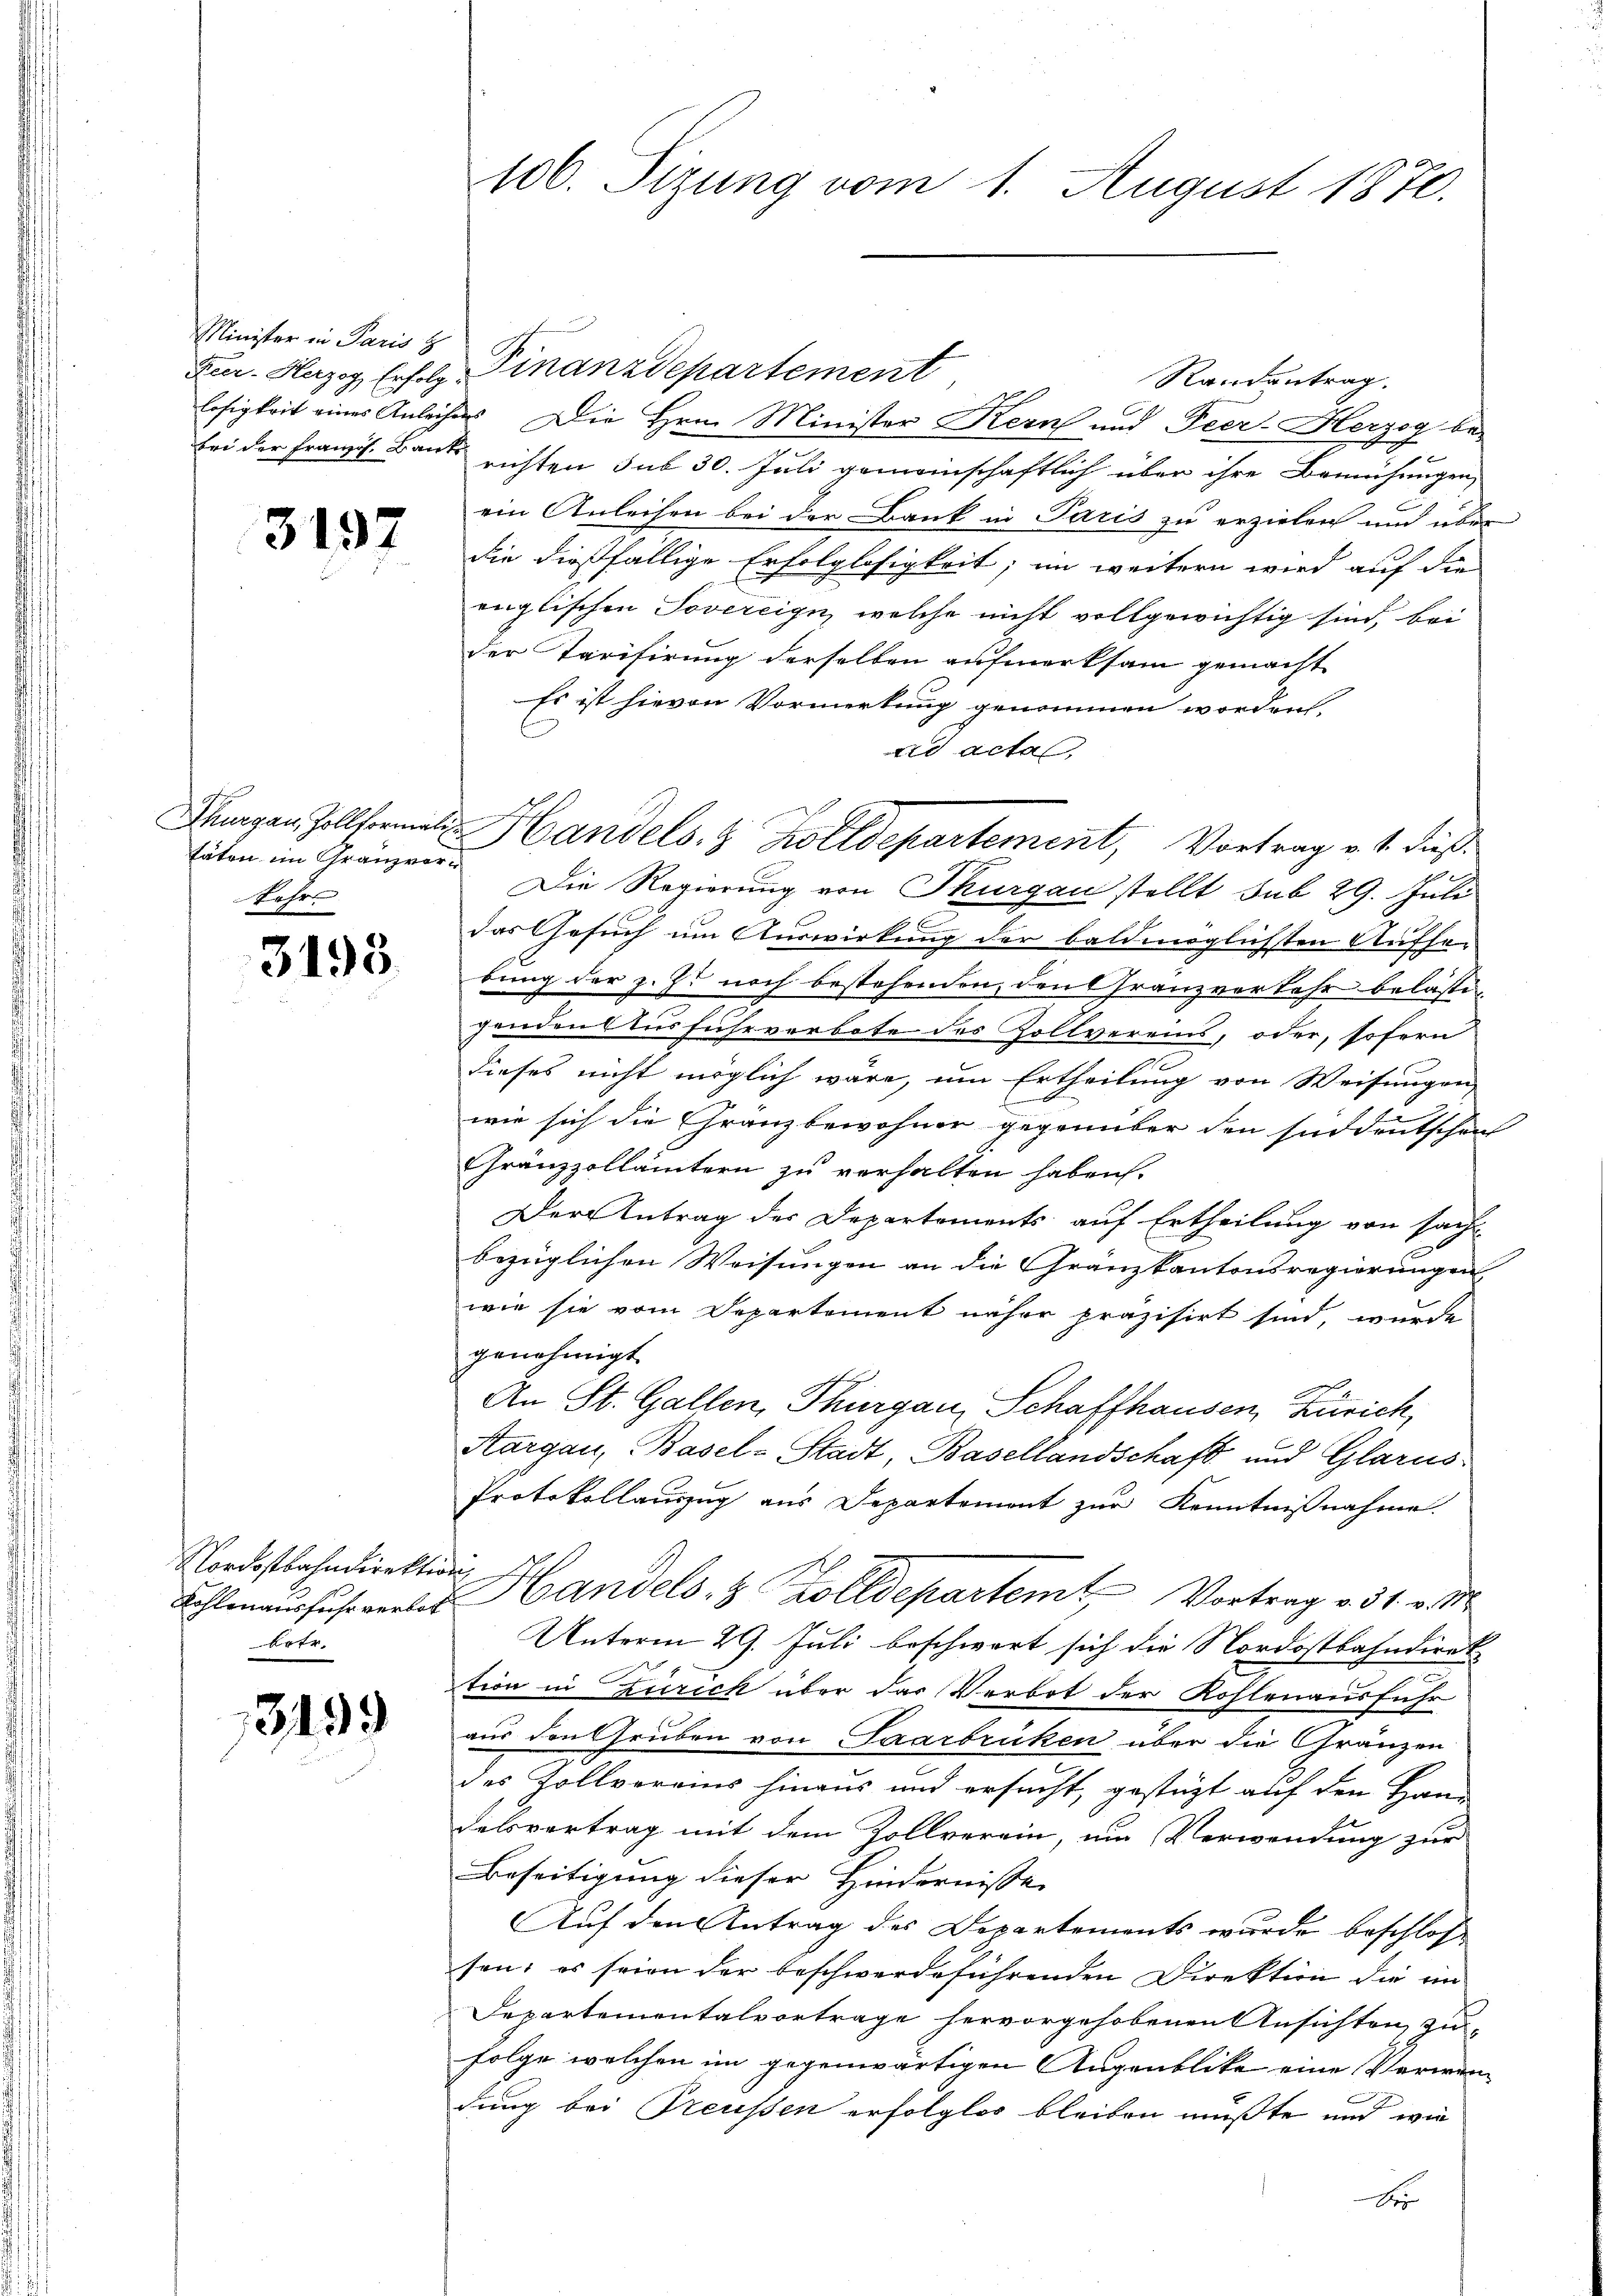
Minister in Paris z

3197

äten im Gränz(...)¬
Lehr

3193

Nordostbahndirekte
betr.

3499

106. Sizung vom 1. August 1870.

Zur. Herzog Erfolg. Finanzdepartement
Randantrag.
losigkeit eines Anleihers. Die Hrn. Minister Kern und Peer-Herzog be-
bei der Franzis Baute richten sub 30. Juli gemeinschaftlich über ihre Bemühungen,
ein Anleihen bei der Bank in Paris zu erzielen und über
die dießfällige Erfolglosigkeit; im weitern wird auf die
englischen Tovereign, welche nicht vollgewichtig sind, bei
der Tarifirung derselben aufmerksam gemacht
Es ist hievon Vormerkung genommen worden.
ad acta,
Die Regierung von Thurgau stellt sub 29. Juli
das Gesuch um Auswirkung der baldmöglichsten Aufse-
bung der z. Z. noch bestehenden, den Gränzverkehr belästigenden Ausfuhrverbote des Zollvereins, oder, sofern
n
dieses nicht möglich wäre, um Ertheilung von Weisungen
E
wie sich die Gränzbewohner gegenüber den süddeutschen
Gränzzollämtern zu verhalten haben.
Der Antrag der Departements auf Ertheilung von sach
bezüglichen Weisungen an die Gränzkantonsregierungen
wie sie vom Departement näher präzisirt sind, wurde
genehmigt.
An St. Gallen, Thurgau, Schaffhausen, Zürich,
Aargau, Basel-Stadt, Basellandschaft und Glarus
Protokollauszug aus Departemont zur Kenntnißnahme.
äche
Kohlenausfuhrverbes Handels- & Zolldepartemt Vortrag v. 31. v. M.
Unterm 29. Juli beschwert sich die Nordostbahndirektion in Zürich über das Verbot der Kohlenausführ
aus den Gruben von Saarbrüken über die Gränzen
des Zollvereins hinaus und ersucht, gestützt auf den Han-
delsvertrag mit dem Zollverein, um Verwendung zur
Beseitigung dieser Hindernisse |
Auf den Antrag des Departements wurde beschlos
sen; es seien der beschwerdeführenden Direktion die im
Departementalvortrage hervorgehobenen Ansichten, zu-
folge welchen im gegenwärtigen Augenblicke eine Verwendung bei Treussen erfolglos bleiben mußte und wie
A

Saagen Zollformals Handels. 8 Zolldepartement, Vortrag v. 1. dieß